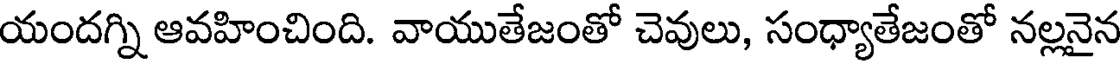
యందగ్ని ఆవహించింది. వాయుతేజంతో చెవులు, సంధ్యాతేజంతో నల్లనైన